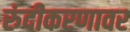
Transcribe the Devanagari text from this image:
रुंदीकरणावर